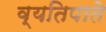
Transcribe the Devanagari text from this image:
व्यतिपाते